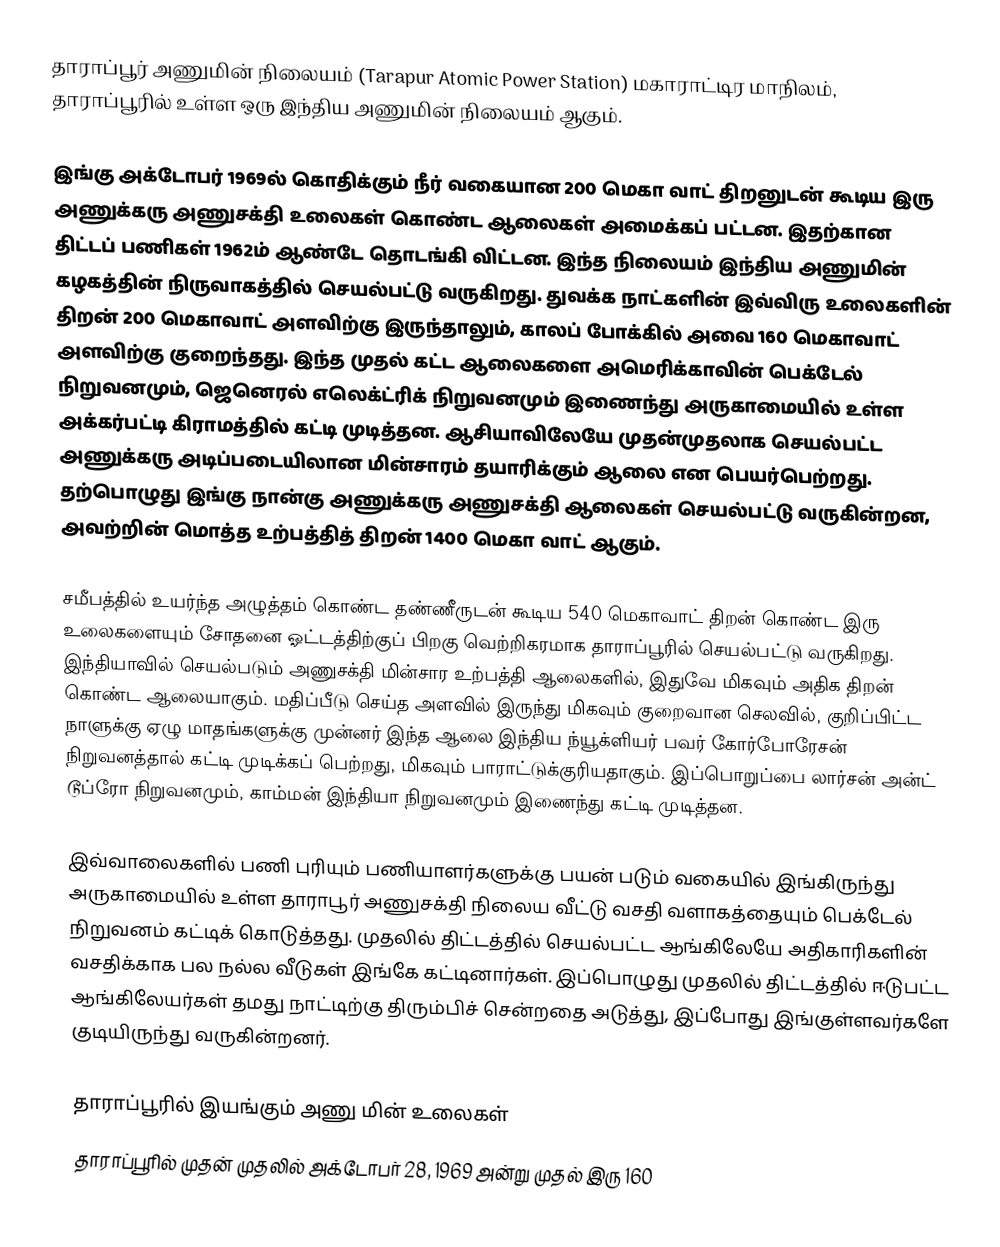
தாராப்பூர் அணுமின் நிலையம் (Tarapur Atomic Power Station) மகாராட்டிர மாநிலம், தாராப்பூரில் உள்ள ஒரு இந்திய அணுமின் நிலையம் ஆகும்.

இங்கு அக்டோபர் 1969ல் கொதிக்கும் நீர் வகையான 200 மெகா வாட் திறனுடன் கூடிய இரு அணுக்கரு அணுசக்தி உலைகள் கொண்ட ஆலைகள் அமைக்கப் பட்டன. இதற்கான திட்டப் பணிகள் 1962ம் ஆண்டே தொடங்கி விட்டன. இந்த நிலையம்  இந்திய அணுமின் கழகத்தின் நிருவாகத்தில் செயல்பட்டு வருகிறது. துவக்க நாட்களின் இவ்விரு உலைகளின் திறன் 200 மெகாவாட் அளவிற்கு இருந்தாலும், காலப் போக்கில் அவை 160  மெகாவாட் அளவிற்கு குறைந்தது. இந்த முதல் கட்ட ஆலைகளை அமெரிக்காவின் பெக்டேல் நிறுவனமும், ஜெனெரல் எலெக்ட்ரிக் நிறுவனமும் இணைந்து அருகாமையில் உள்ள அக்கர்பட்டி கிராமத்தில் கட்டி முடித்தன. ஆசியாவிலேயே முதன்முதலாக செயல்பட்ட அணுக்கரு அடிப்படையிலான மின்சாரம் தயாரிக்கும் ஆலை என பெயர்பெற்றது. தற்பொழுது இங்கு நான்கு அணுக்கரு அணுசக்தி ஆலைகள் செயல்பட்டு வருகின்றன, அவற்றின் மொத்த உற்பத்தித் திறன் 1400 மெகா வாட் ஆகும்.

சமீபத்தில் உயர்ந்த அழுத்தம் கொண்ட தண்ணீருடன் கூடிய 540 மெகாவாட் திறன் கொண்ட இரு உலைகளையும் சோதனை ஓட்டத்திற்குப் பிறகு வெற்றிகரமாக தாராப்பூரில் செயல்பட்டு வருகிறது. இந்தியாவில் செயல்படும் அணுசக்தி மின்சார உற்பத்தி ஆலைகளில், இதுவே மிகவும் அதிக திறன் கொண்ட ஆலையாகும். மதிப்பீடு செய்த அளவில் இருந்து மிகவும் குறைவான செலவில், குறிப்பிட்ட நாளுக்கு ஏழு மாதங்களுக்கு முன்னர் இந்த ஆலை இந்திய ந்யூக்ளியர் பவர் கோர்போரேசன் நிறுவனத்தால் கட்டி முடிக்கப் பெற்றது, மிகவும் பாராட்டுக்குரியதாகும். இப்பொறுப்பை லார்சன் அன்ட் டூப்ரோ நிறுவனமும், காம்மன் இந்தியா நிறுவனமும் இணைந்து கட்டி முடித்தன.

இவ்வாலைகளில் பணி புரியும் பணியாளர்களுக்கு பயன் படும் வகையில் இங்கிருந்து அருகாமையில் உள்ள தாராபூர் அணுசக்தி நிலைய வீட்டு வசதி வளாகத்தையும் பெக்டேல் நிறுவனம் கட்டிக் கொடுத்தது. முதலில் திட்டத்தில் செயல்பட்ட ஆங்கிலேயே அதிகாரிகளின் வசதிக்காக பல நல்ல வீடுகள் இங்கே கட்டினார்கள். இப்பொழுது முதலில் திட்டத்தில் ஈடுபட்ட ஆங்கிலேயர்கள் தமது நாட்டிற்கு திரும்பிச் சென்றதை அடுத்து, இப்போது இங்குள்ளவர்களே குடியிருந்து  வருகின்றனர்.

தாராப்பூரில் இயங்கும் அணு மின் உலைகள்
தாராப்பூரில் முதன் முதலில் அக்டோபர் 28, 1969 அன்று முதல் இரு 160